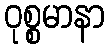
ဝုစ္စမာနာ